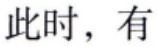
此时，有